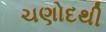
ચણોદથી